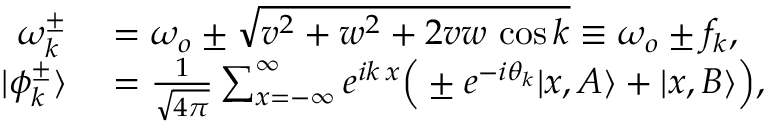
\begin{array} { r l } { \omega _ { k } ^ { \pm } } & { { } = \omega _ { o } \pm \sqrt { v ^ { 2 } + w ^ { 2 } + 2 v w \, \cos { k } } \equiv \omega _ { o } \pm f _ { k } , } \\ { | \phi _ { k } ^ { \pm } \rangle } & { { } = \frac { 1 } { \sqrt { 4 \pi } } \sum _ { x = - \infty } ^ { \infty } e ^ { i k \, x } \Big ( \pm e ^ { - i \theta _ { k } } | x , A \rangle + | x , B \rangle \Big ) , } \end{array}